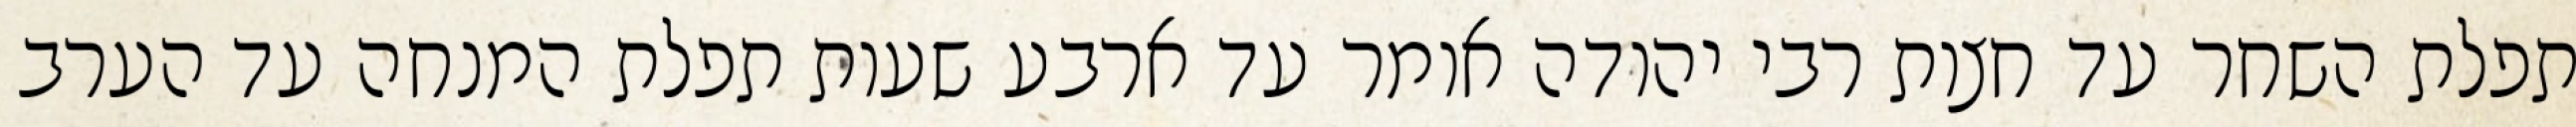
תפלת השחר עד חצות רבי יהודה אומר עד ארבע שעות תפלת המנחה עד הערב